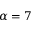
\alpha = 7